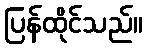
ပြန်ထိုင်သည်။